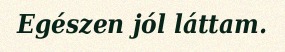
Egészen jól láttam.